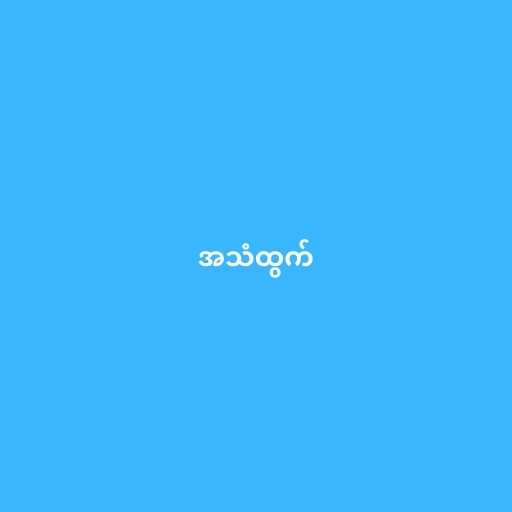
အသံထွက်